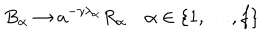
B _ { \alpha } \to a ^ { - \gamma \lambda _ { \alpha } } R _ { \alpha } \quad \alpha \in \{ 1 , \ldots , f \}